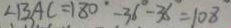
\angle B A C = 1 8 0 ^ { \circ } - 3 6 ^ { \circ } - 3 6 = 1 0 8